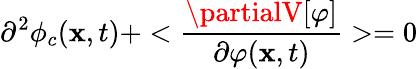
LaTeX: \partial^{2}\phi_{c}(\mathbf{x},t)+<{\frac{{\partialV[\varphi]}}{{\partial\varphi(\mathbf{x},t)}}}>=0